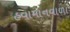
હવામાનવાળા